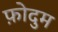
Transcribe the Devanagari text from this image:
फ़ोदुम